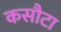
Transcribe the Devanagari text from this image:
कसौटा